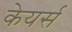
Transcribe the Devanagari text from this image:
केयर्स